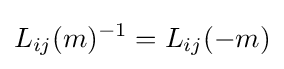
L_{ij}(m)^{-1}=L_{ij}(-m)